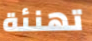
تهنئة